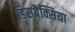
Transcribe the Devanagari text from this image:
डिसप्रैक्सिया